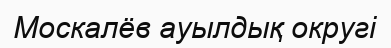
Москалёв ауылдық округі